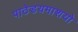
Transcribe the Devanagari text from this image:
पाठेडयमाशयो